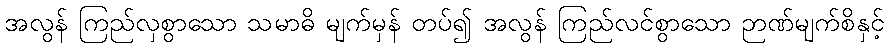
အလွန် ကြည်လှစွာသော သမာဓိ မျက်မှန် တပ်၍ အလွန် ကြည်လင်စွာသော ဉာဏ်မျက်စိနှင့်